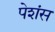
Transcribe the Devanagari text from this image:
पेशंस